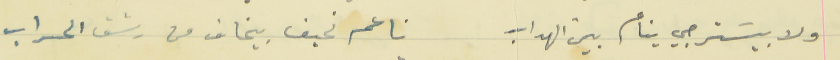
ولا بيسَترجي ينام بين الهداب                                 ناعم نحيف بيخاف من رشق الحراب